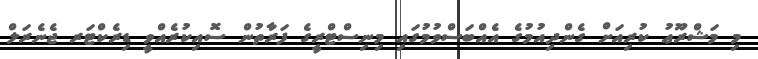
މި މަޝްރޫޢު ކުރިއަށް ގެންދިއުމުގެ އެއްބަސްވުމުގައި މިނިސްޓްރީގެ ފަރާތުން ސޮއިކުރެއްވީ ޑިރެކްޓަރ ޖެނެރަލް